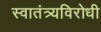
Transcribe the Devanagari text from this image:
स्वातंत्र्यविरोधी